Bréfritari: Sigríður Pálsdóttir
Viðtakandi: Páll Pálsson
Dagsetning: A-1864-01-01
Skrifað á: Breiðabólsstað  Rang.
Páll var bróðir Sigríðar

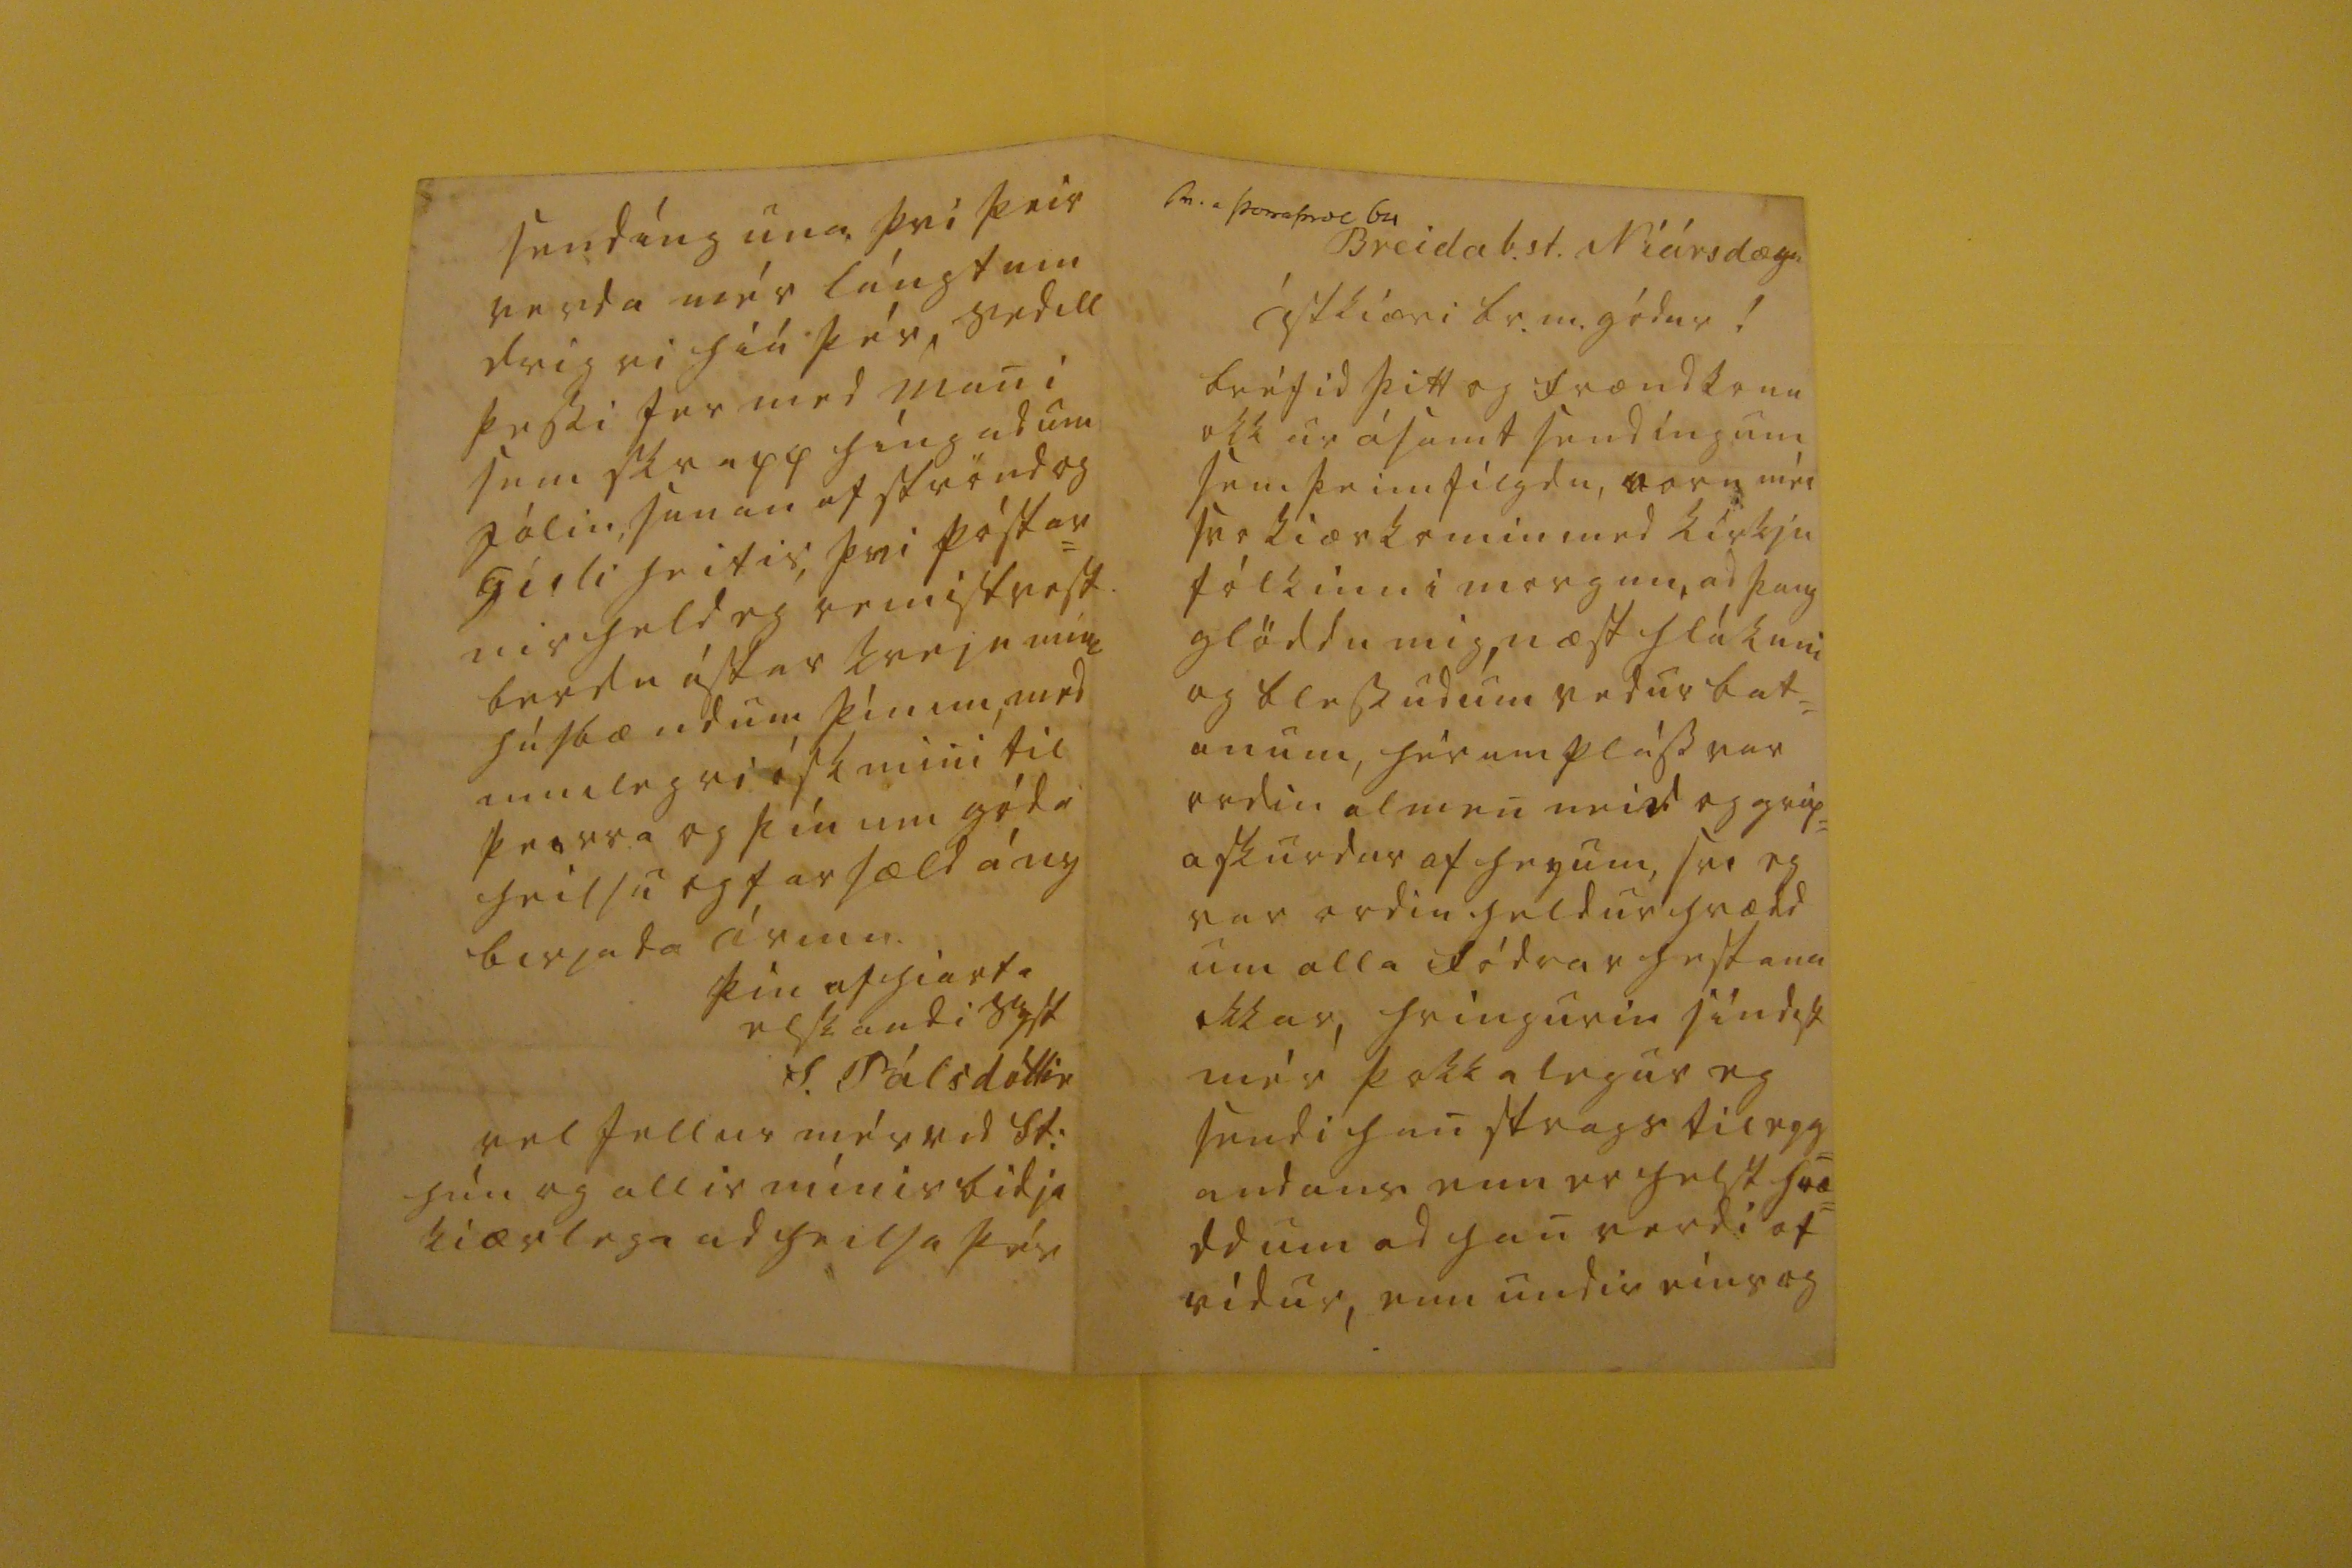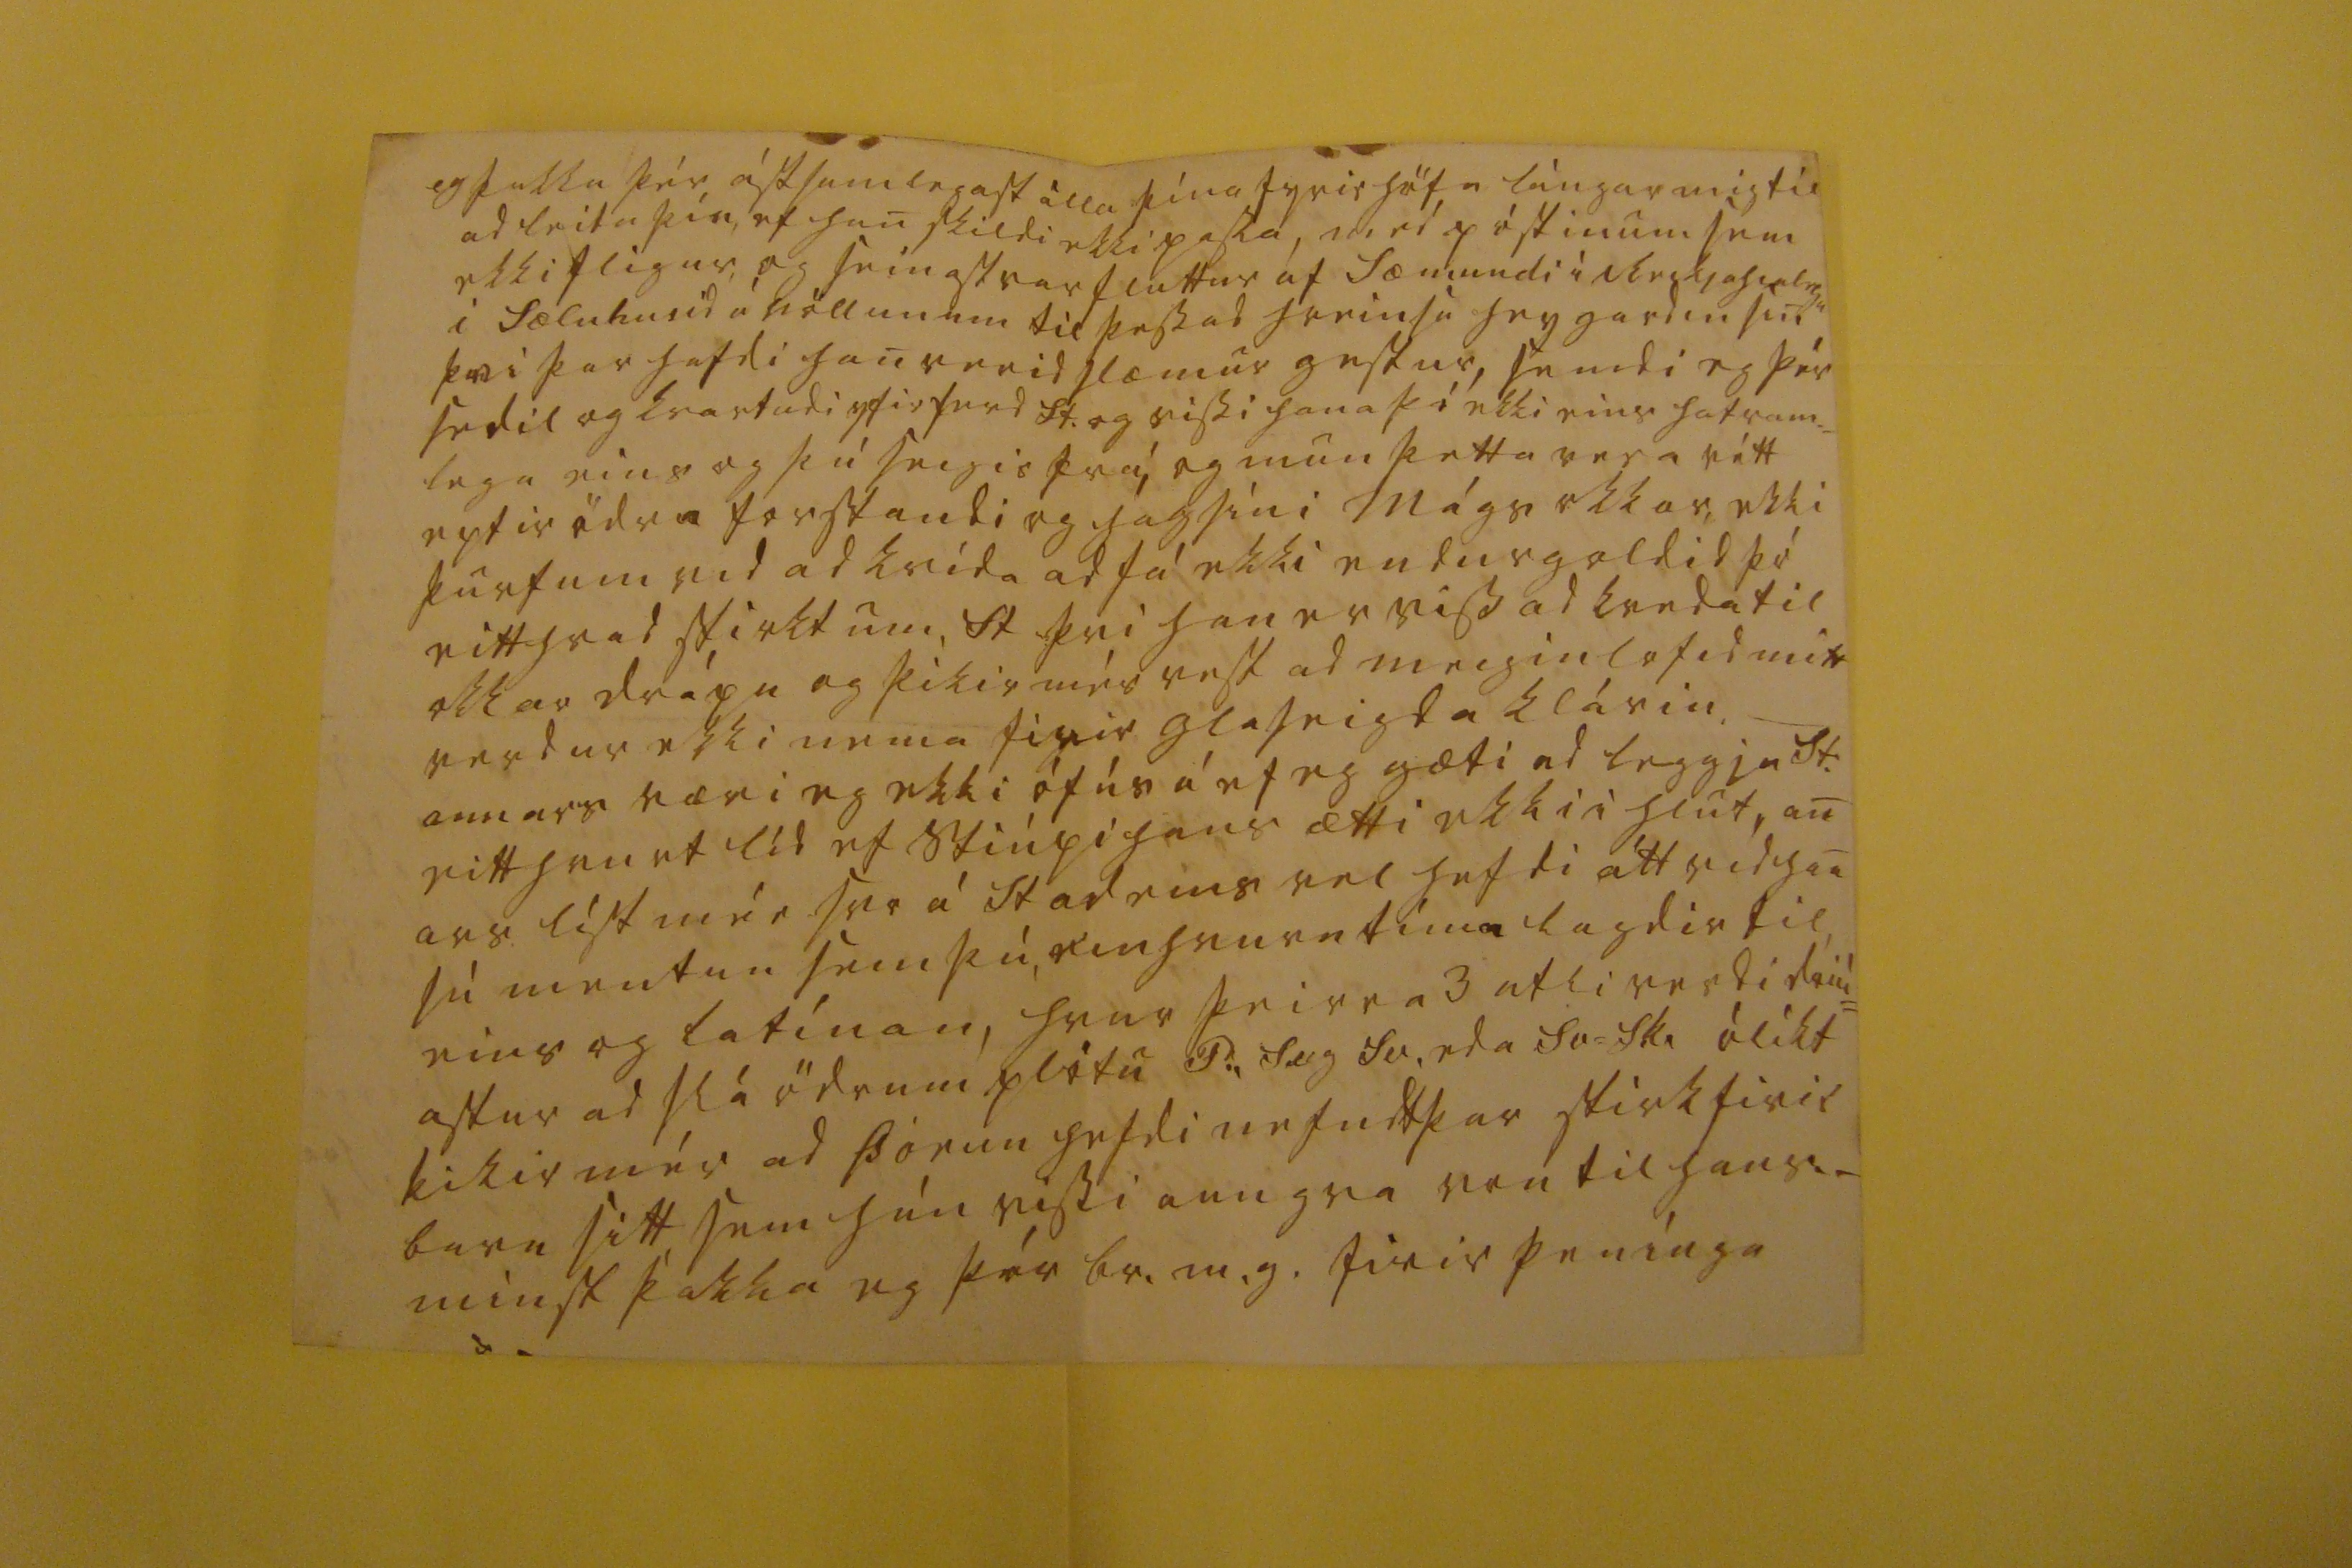

sv. a Þorra00ol 64
Breidab.st. Niársdæg.
ástkiæri br. m. gódur!
bréfid þitt og frændkonu okkur ásamt sendíngum sem þeim filgdu, voru mér svo kiærkomin med kirkju fólkinu i morgun, ad þaug glöddu mig, næst hlákuni og blessudum vedur bat= anum, hér um pláss var ordin almen
nei00
og grúp= askurdur af heyum, svo eg var ordin heldur hrædd um alla fódrar hestana okkar, hringurin síndist mér þokkalegur eg sendi han strags til eyg= andans enn er helst hræ= dd um ad han verdi of vídur, enn undir eins og
eg þakka þér ástsamlegast álla þína fyrirhöfn lángar mig til ad leita þín, ef han skildi ekki passa, med póstinum sem ekki fligur, og seinast var fluttur af Sæmundi i Reikja
h00legu
i Sæluhusid á Völlunum til þess ad hreinsa heygardin sin þvi þar hafdi han verid slæmur gestur, sendi eg þér sedil og kvartadi yfir ferd St. og vissi hana þó ekki eins hatram= lega eins og þú seigir frá, og mun þetta vera rétt eptir ödru forstandi og hagsíni Mágs okkar, ekki þurfum vid ad kvída ad fá ekki endurgoldid þó eitthvad stirktum, St þvi han er viss ad kveda til okkar drápu og þikir mér vest ad meigin lofid mitt verdur ekki nema firir
glaseigda
klárin. _ annars væri eg ekki ófús á ef eg gæti ad leggja St: eitthvurt lid ef Stiúpi hans ætti ekki i hlut an ars líst mér svo á stad eins vel hefdi átt vid han sú mentun sem þú, einhvurn tíma lagdir til, eins og latínan, hvur þeirra 3 atli verdi driú= astur ad slá ödrum plötu P., Sug Sv, eda Sv= Sk. ólíkt kikir mér ad Þórun hefdi nefnt þar stirk firir barn sitt sem hún vissi aungva eru til han._ minst þakka eg þér br.m.g. firir penínga
sendínguna þvi þeir verda mér lángtum drigri hiá þér, sedill þessi fer med mani sem skrapp híngad um jólin, sunan af Strönd og Gísli heitir, þvi póstar= nir held eg er
mistvest
berdu ástar kvedju mína húsbændum þínum, med
m00legri
ósk mini til þeirra og þín um góda heilsu og farsæld á ny birjada árinu.
þín af hiarta elskandi syst
S. Pálsdóttir
vel fellur mér vid St: hún og allir mínir bidja kiærlega ad heilsa þér